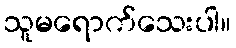
သူမရောက်သေးပါ။